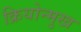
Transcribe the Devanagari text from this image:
क्रियोन्मुख